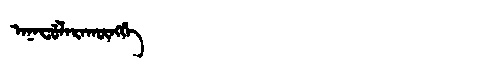
Manchu: ᠠᠨᠠᠸᡠᠯᠠᡵᠠᡴᡡᠩᡤᡝ
Romanization: ANAFULARAKŪNGGE